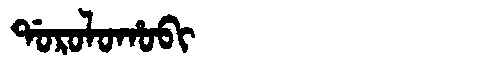
Manchu: ᡩᠣᡵᠣᠯᠣᡥᠣᠪᡳ
Romanization: DOROLOHOBI